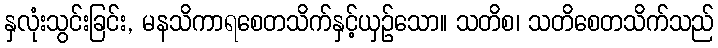
နှလုံးသွင်းခြင်း, မနသိကာရစေတသိက်နှင့်ယှဉ်သော။ သတိစ၊ သတိစေတသိက်သည်